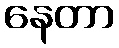
နေတာ